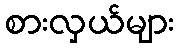
စားလှယ်များ